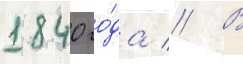
1840 го́да // В